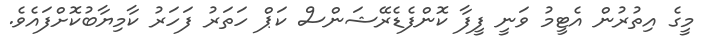
މީގެ އިތުރުން އެޓީމު ވަނީ ފީފާ ކޮންފެޑެރޭޝަންސް ކަޕް ހަތަރު ފަހަރު ކާމިޔާބުކޮށްފައެވެ.